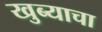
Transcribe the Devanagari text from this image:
खुब्याचा